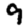
Digit: 9